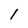
Character: l